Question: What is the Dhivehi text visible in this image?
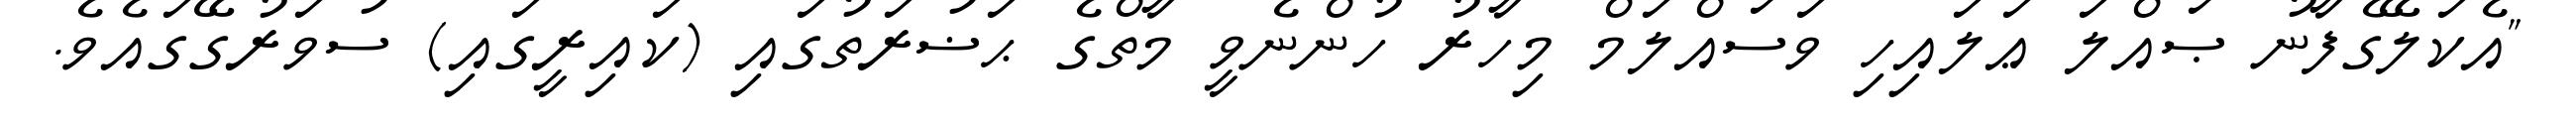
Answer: "އެކަލޭގެފާނު ޞައްލަ ޢަލައިހި ވަސައްލަމް މިހާރު ހުންނެވީ މާތްގެ ޙަޟުރަތުގައި (ކައިރީގައި) ސުވަރުގޭގައެވެ.